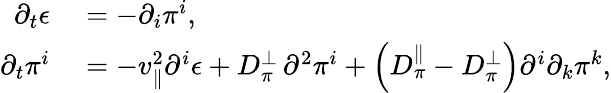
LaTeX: \begin{array}{rl}{\partial_{t}\epsilon}&{{}=-\partial_{i}\pi^{i},}\\ {\partial_{t}\pi^{i}}&{{}=-v_{\| }^{2}\partial^{i}\epsilon+D_{\pi}^{\perp}\, \partial^{2}\pi^{i}+\left(D_{\pi}^{\| }-D_{\pi}^{\perp}\right)\partial^{i}\partial_{k}\pi^{k},}\end{array}